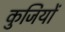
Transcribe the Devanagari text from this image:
कुजियों